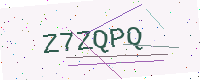
Text: Z7ZQPQ